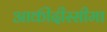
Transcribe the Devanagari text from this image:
आकीदीस्सीमा